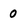
Character: 0